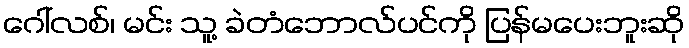
ဂေါ်လစ်၊ မင်း သူ့ ခဲတံဘောလ်ပင်ကို ပြန်မပေးဘူးဆို